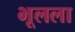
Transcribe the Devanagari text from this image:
भूलला